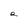
Character: R